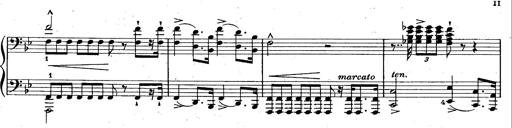
Title: La Marseillaise
Composer: Franz Liszt
Key: B-flat major